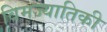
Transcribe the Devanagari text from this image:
विमज्यातिकी